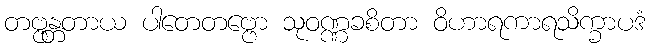
တဗ္ဗန္တတာယ ပါတေတဗ္ဗော သုဝဏ္ဏခစိတာ ဝိဟာရကာရသိက္ခာပဒံ